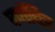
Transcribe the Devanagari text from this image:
वर्णचित्र